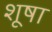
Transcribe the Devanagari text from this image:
शूषा